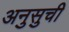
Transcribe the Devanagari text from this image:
अनुसुची